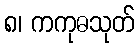
၈၊ ကကုဓသုတ်